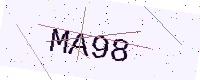
Text: MA98